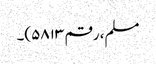
مسلم، رقم ۵۸۱۳)۔